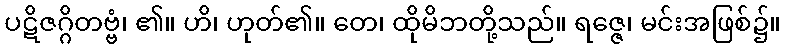
ပဋိဇဂ္ဂိတဗ္ဗံ၊ ၏။ ဟိ၊ ဟုတ်၏။ တေ၊ ထိုမိဘတို့သည်။ ရဇ္ဇေ၊ မင်းအဖြစ်၌။